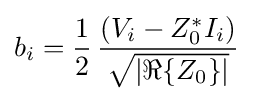
b_{i}={\frac {1}{2}}\,{\frac {(V_{i}-Z_{0}^{*}I_{i})}{\sqrt {\left|\Re \{Z_{0}\}\right|}}}